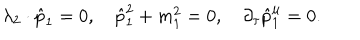
\lambda _ { 2 } \cdot \hat { p } _ { 1 } = 0 , \quad \hat { p } _ { 1 } ^ { 2 } + m _ { 1 } ^ { 2 } = 0 , \quad \partial _ { \tau } \hat { p } _ { 1 } ^ { \mu } = 0 .